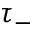
\tau _ { - }